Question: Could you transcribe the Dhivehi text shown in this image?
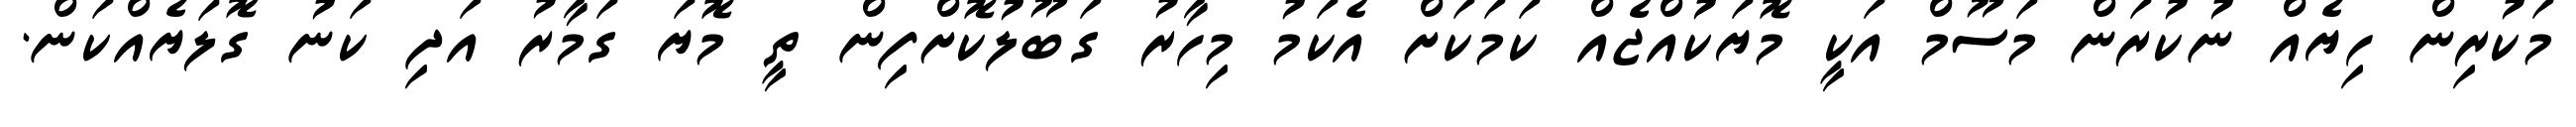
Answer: މަކުރިން ހިޔެއް ނުކުރަން މަސޫމް އަކީ މޮޔަކުއްޖެއް ކަމަކަށް އެކަމު މިހާރު ގަބޫލުކޮށްފިން ތީ މޮޔަ ގަމާރު އަދި ކަނު ގޮލަޔެއްކަން.